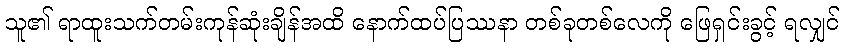
သူ၏ ရာထူးသက်တမ်းကုန်ဆုံးချိန်အထိ နောက်ထပ်ပြဿနာ တစ်ခုတစ်လေကို ဖြေရှင်းခွင့် ရလျှင်